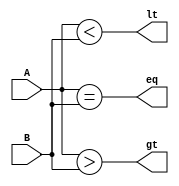
module comparator(
    input [1:0] A,
    input [1:0] B,
    output eq,
    output lt,
    output gt
);

assign eq = (A == B);
assign lt = (A < B);
assign gt = (A > B);

endmodule